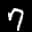
Label: 7